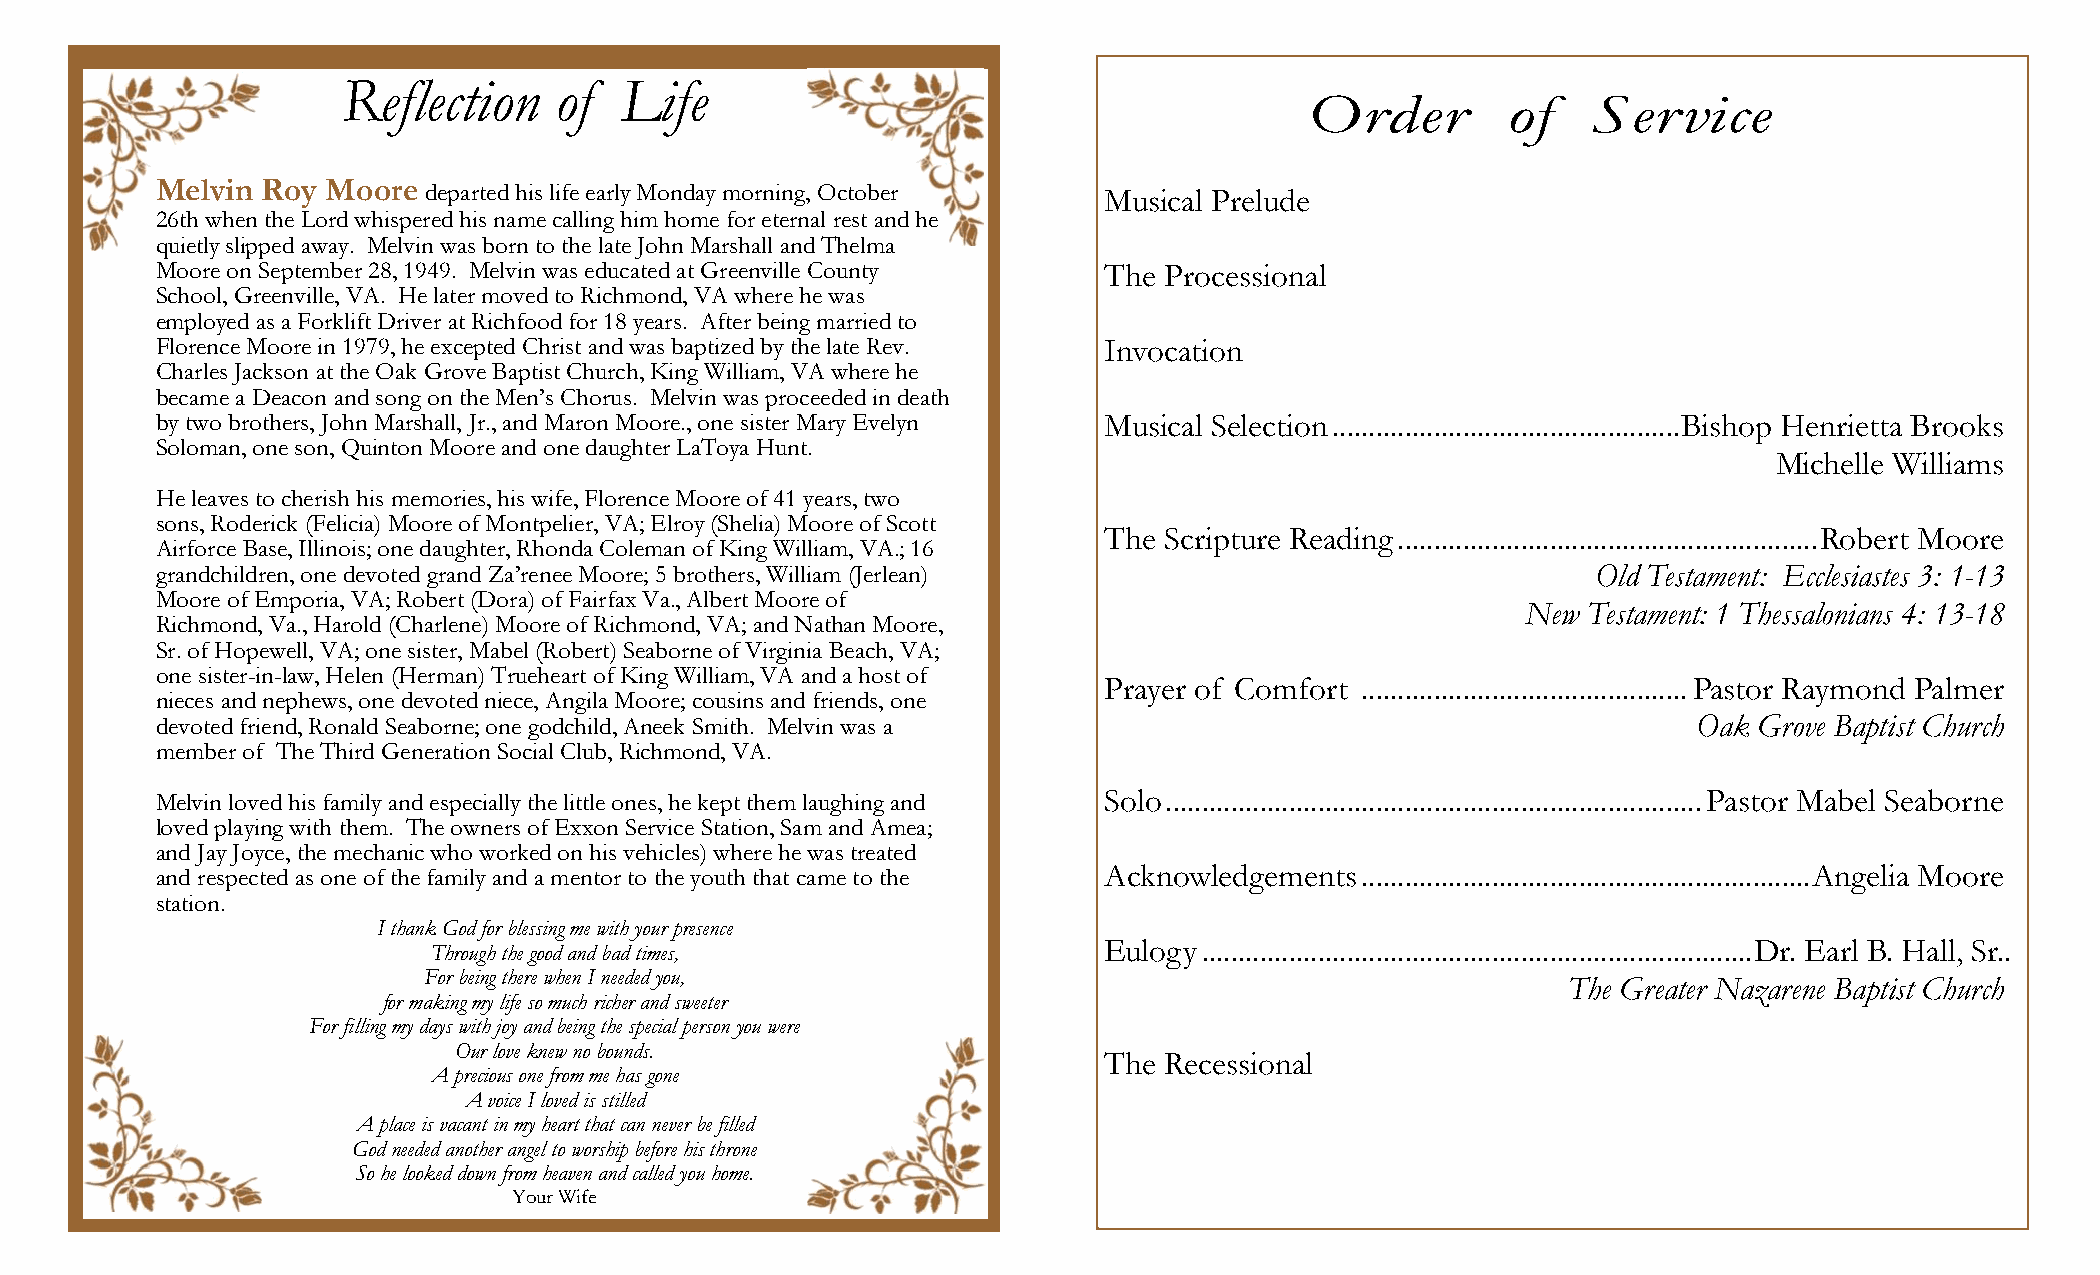
Melvin Roy  Moore departed his life early Monday morning, October Musical Prelude
 26th when the Lord whispered his name calling him home for eternal rest and he
 quietly slipped away. Melvin was born to the late John Marshall and Thelma
 Moore on September 28, 1949. Melvin was educated at Greenville County The Processional
 School, Greenville, VA. He later moved to Richmond, VA where he was
 employed as a Forklift Driver at Richfood for 18 years. After being married to
 Florence Moore in 1979, he excepted Christ and was baptized by the late Rev. Invocation
 Charles Jackson at the Oak Grove Baptist Church, King William, VA where he
 became a Deacon and song on the Men’s Chorus. Melvin was proceeded in death
 by two brothers, John Marshall, Jr., and Maron Moore., one sister Mary Evelyn Musical Selection ................................................ Bishop Henrietta Brooks
 Soloman, one son, Quinton Moore and one daughter LaToya Hunt.
 Michelle Williams
 He leaves to cherish his memories, his wife, Florence Moore of 41 years, two
 sons, Roderick (Felicia) Moore of Montpelier, VA; Elroy (Shelia) Moore of Scott
 The Scripture Reading .......................................................... Robert Moore
 Airforce Base, Illinois; one daughter, Rhonda Coleman of King William, VA.; 16
 grandchildren, one devoted grand Za’renee Moore; 5 brothers, William (Jerlean)                  Old Testament: Ecclesiastes 3: 1-13
 Moore of Emporia, VA; Robert (Dora) of Fairfax Va., Albert Moore of
 New Testament: 1 Thessalonians 4: 13-18
 Richmond, Va., Harold (Charlene) Moore of Richmond, VA; and Nathan Moore,
 Sr. of Hopewell, VA; one sister, Mabel (Robert) Seaborne of Virginia Beach, VA;
 one sister-in-law, Helen (Herman) Trueheart of King William, VA and a host of
 Prayer of Comfort ............................................. Pastor Raymond Palmer
 nieces and nephews, one devoted niece, Angila Moore; cousins and friends, one
 devoted friend, Ronald Seaborne; one godchild, Aneek Smith. Melvin was a                              Oak Grove Baptist Church
 member of The Third Generation Social Club, Richmond, VA.
 Melvin loved his family and especially the little ones, he kept them laughing and Solo .......................................................................... Pastor Mabel Seaborne
 loved playing with them. The owners of Exxon Service Station, Sam and Amea;
 and Jay Joyce, the mechanic who worked on his vehicles) where he was treated
 and respected as one of the family and a mentor to the youth that came to the Acknowledgements .............................................................. Angelia Moore
 station.
 I thank God for blessing me with your presence
 Eulogy ............................................................................ Dr. Earl B. Hall, Sr..
 Through the good and bad times,
 For being there when I needed you,
 The Greater Nazarene Baptist Church
 for making my life so much richer and sweeter
 For filling my days with joy and being the special person you were
 Our love knew no bounds.
 The Recessional
 A precious one from me has gone
 A voice I loved is stilled
 A place is vacant in my heart that can never be filled
 God needed another angel to worship before his throne
 So he looked down from heaven and called you home.
 Your Wife